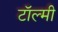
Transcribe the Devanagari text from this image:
टॉल्मी